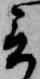
言